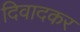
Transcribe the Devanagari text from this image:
दिवादकर